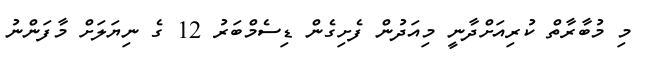
މި މުބާރާތް ކުރިއަށްދާނީ މިއަދުން ފެށިގެން ޑިސެމްބަރު 12 ގެ ނިޔަލަށް މާފަންނު